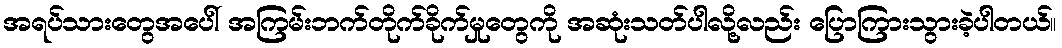
အရပ်သားတွေအပေါ် အကြမ်းဘက်တိုက်ခိုက်မှုတွေကို အဆုံးသတ်ပါလို့လည်း ပြောကြားသွားခဲ့ပါတယ်။